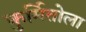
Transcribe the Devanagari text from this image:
कुर्मितोला